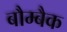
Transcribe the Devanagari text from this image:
बौम्बैक